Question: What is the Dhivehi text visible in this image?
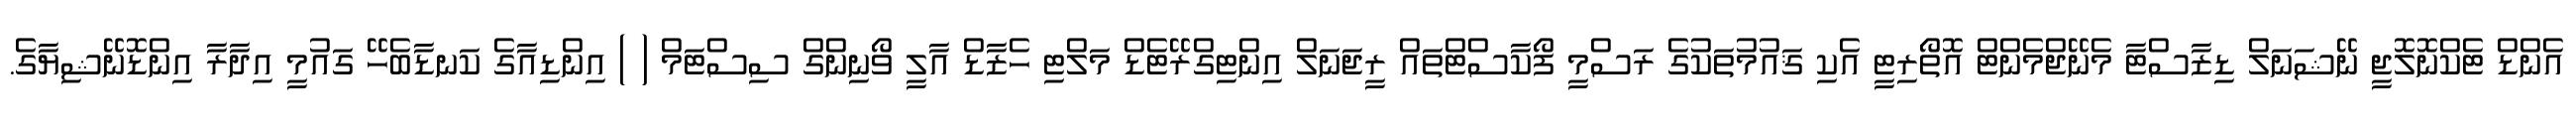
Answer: އެންޑް ޓެކްނޮލޮޖީ ނޭޝަނަލް ޑިޒާސްޓާ މެނޭޖްމެންޓް އޮތޯރިޓީ އެކި ޤައުމުތަކުގެ ރަސްމީ ފޯކާސްޓްތައް ރީޖަނަލް އިންޓިގްރޭޓެޑް މަލްޓި ހެޒާޑް އާލީ ވޯނިންގް ސިސްޓަމް ( ) އިންޑިއާގެ ކަނޑާބެހޭ ގައުމީ އިދާރާ އިންޑޮނޭޝިޔާގެ.